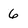
Character: 6